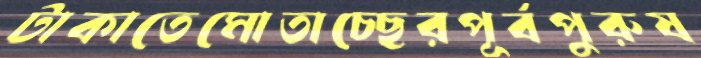
টাকাতেমোতাচ্ছেরপূর্বপুরুষ